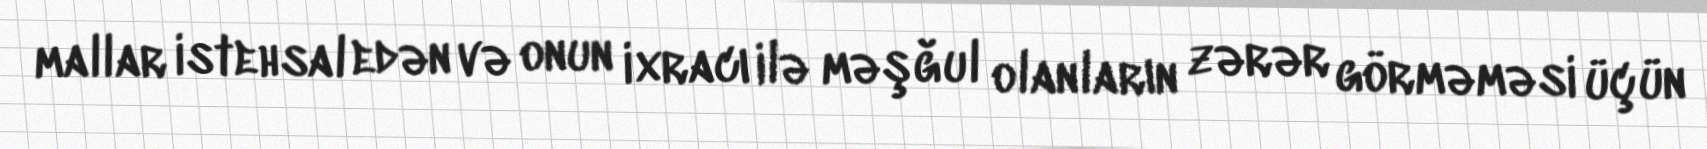
mallar istehsal edən və onun ixracı ilə məşğul olanların zərər görməməsi üçün